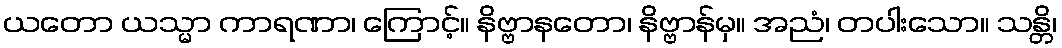
ယတော ယသ္မာ ကာရဏာ၊ ကြောင့်။ နိဗ္ဗာနတော၊ နိဗ္ဗာန်မှ။ အညံ၊ တပါးသော။ သန္တိ၊